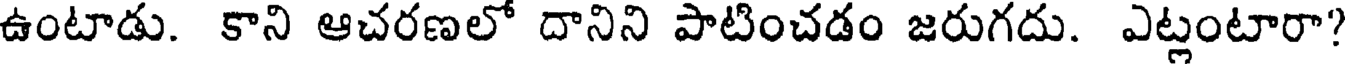
ఉంటాడు. కాని ఆచరణలో దానిని పాటించడం జరుగదు. ఎట్లంటారా?